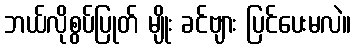
ဘယ်လိုစွပ်ပြုတ် မျိုး ခင်ဗျား ပြင်ပေးမလဲ။